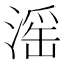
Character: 滛